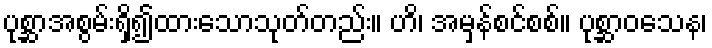
ပုစ္ဆာအစွမ်းရှိ၍ထားသောသုတ်တည်း။ ဟိ၊ အမှန်စင်စစ်။ ပုစ္ဆာဝသေန၊